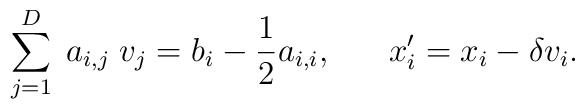
\sum_{j=1}^{D}\;a_{i,j}\; v_{j} = b_{i} - \frac{1}{2} a_{i,i}, \;\;\;\;\;\; x'_{i} = x_{i} - \delta v_{i}.